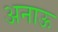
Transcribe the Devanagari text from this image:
अनाऊ